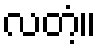
လတံ့။